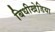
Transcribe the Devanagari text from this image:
बिधीखेडि़या